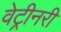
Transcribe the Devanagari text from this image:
वेट्रीनरी